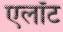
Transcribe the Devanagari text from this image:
एलॉट